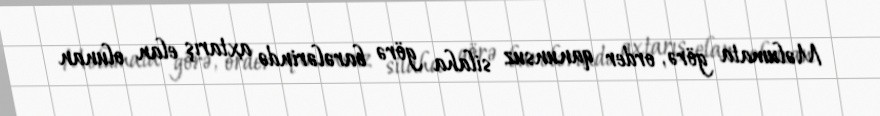
Məlumata görə, order qanunsuz silaha görə barələrində axtarış elan olunan